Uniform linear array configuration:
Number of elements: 24
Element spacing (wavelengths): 0.5
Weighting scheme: uniform
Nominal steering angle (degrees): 0
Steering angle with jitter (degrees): -0.4483
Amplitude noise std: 0.05
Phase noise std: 0.05

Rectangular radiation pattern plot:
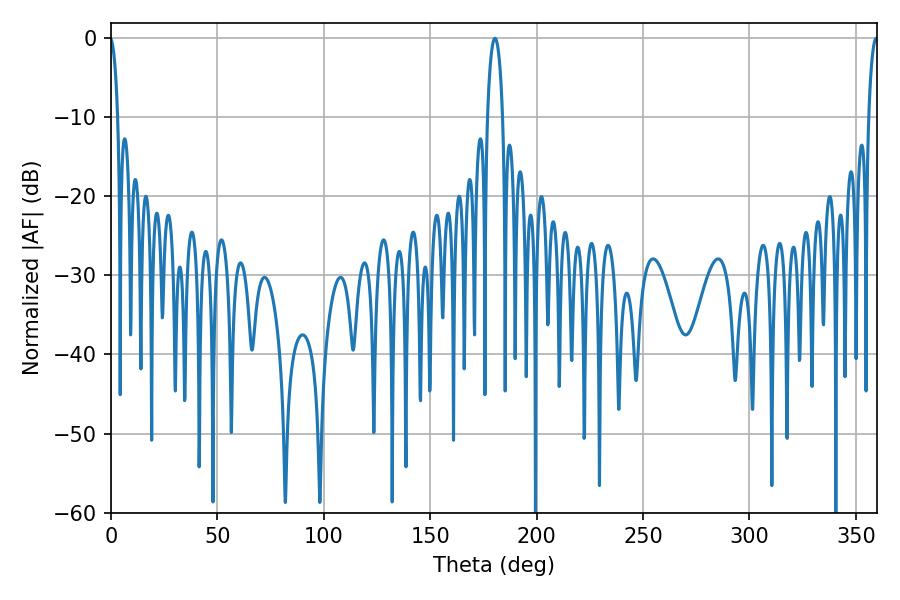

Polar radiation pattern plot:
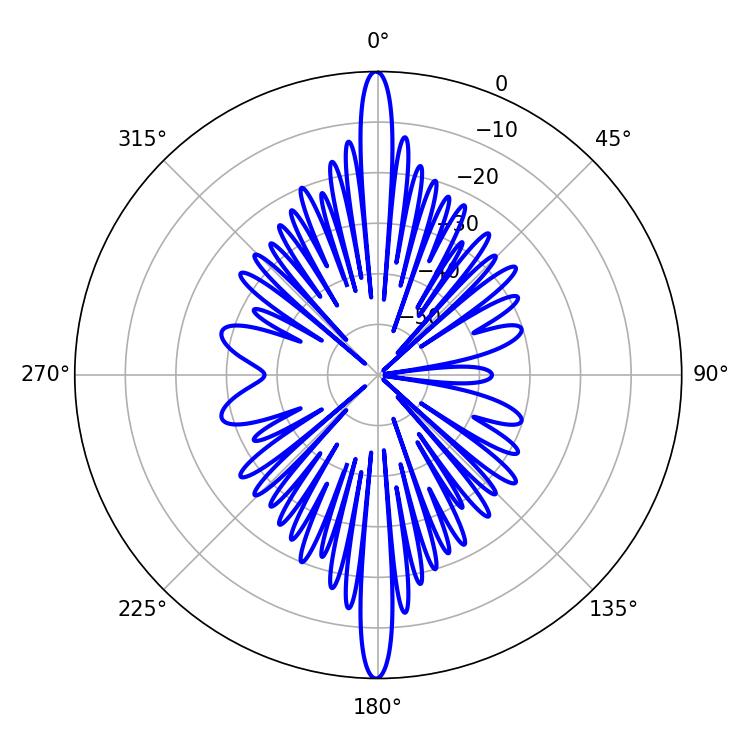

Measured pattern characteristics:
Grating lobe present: FALSE
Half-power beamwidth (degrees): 4.14
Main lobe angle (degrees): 180.36